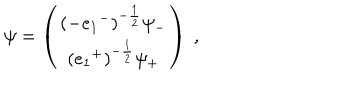
\psi = \left( \begin{matrix} { { ( - e _ { 1 } { } ^ { - } ) ^ { - \frac { 1 } { 2 } } \psi _ { - } } } \\ { { ( e _ { 1 } { } ^ { + } ) ^ { - \frac { 1 } { 2 } } \psi _ { + } } } \\ \end{matrix} \right) ~ ,